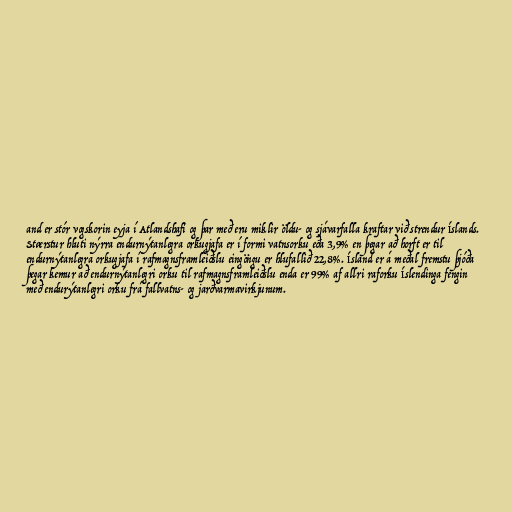
and er stór vogskorin eyja í Atlandshafi og þar með eru miklir öldu- og sjávarfalla kraftar við strendur Íslands.
Stærstur hluti nýrra endurnýtanlegra orkugjafa er í formi vatnsorku eða 3,9% en þegar að horft er til
endurnýtanlegra orkugjafa í rafmagnsframleiðslu eingöngu er hlufallið 22,8%. Ísland er á meðal fremstu þjóða
þegar kemur að endurnýtanlegri orku til rafmagnsframleiðslu enda er 99% af allri raforku Íslendinga fengin
með endurýtanlegri orku frá fallvatns- og jarðvarmavirkjunum.